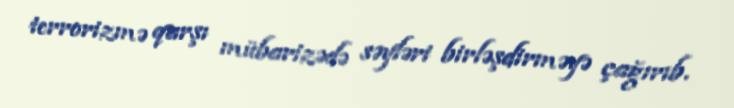
terrorizmə qarşı mübarizədə səyləri birləşdirməyə çağırıb.